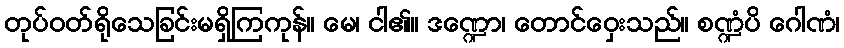
တုပ်ဝတ်ရိုသေခြင်းမရှိကြကုန်။ မေ၊ ငါ၏။ ဒဏ္ဍော၊ တောင်ဝှေးသည်။ စဏ္ဍံပိ ဂေါဏံ၊